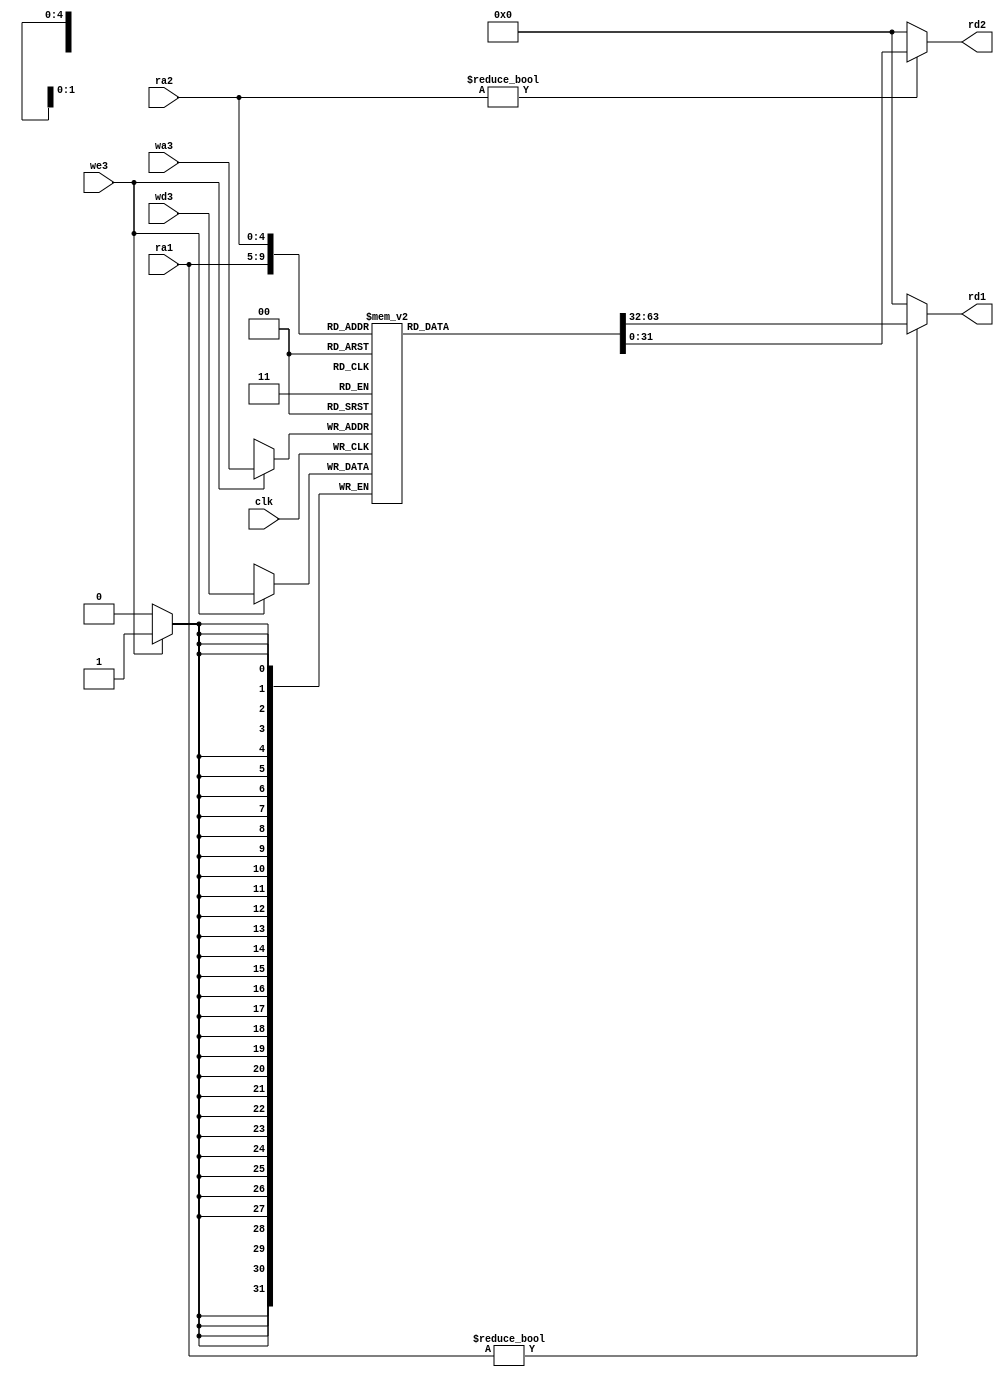
`timescale 1ns / 1ps
//////////////////////////////////////////////////////////////////////////////////
// Company: 
// Engineer: 
// 
// Design Name: 
// Module Name: regfile
// Project Name: 
// Target Devices: 
// Tool Versions: 
// Description: 
// 
// Dependencies: 
// 
// Revision:
// Revision 0.01 - File Created
// Additional Comments:
// 
//////////////////////////////////////////////////////////////////////////////////


module regfile(
	input wire clk,
	input wire we3,
	input wire[4:0] ra1,ra2,wa3,
	input wire[31:0] wd3,
	output wire[31:0] rd1,rd2
    );

	reg [31:0] rf[31:0];

	always @(posedge clk) begin
		if(we3) begin
			 rf[wa3] <= wd3;
		end
	end

	assign rd1 = (ra1 != 0) ? rf[ra1] : 0;
	assign rd2 = (ra2 != 0) ? rf[ra2] : 0;
endmodule